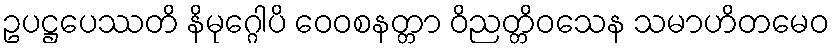
ဥပဋ္ဌပေဿတိ နိမုဂ္ဂေါပိ ဝေဝစနတ္တာ ဝိညတ္တိဝသေန သမာဟိတမေဝ